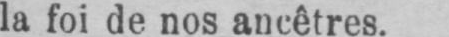
la foi de nos ancêtres.